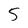
Character: 5